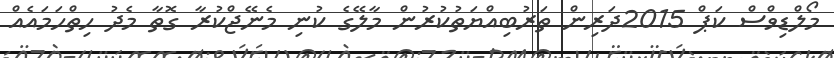
މޯލްޑިވްސް ކަޕް 2015ދަރިން ތަރުބިއްޔަތުކުރުން މާލޭގެ ކުނި މެނޭޖްކުރާ ގޮތާ މެދު ހިތްހަމައެއް